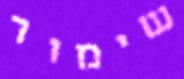
שימור